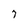
Character: 7